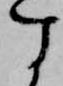
す